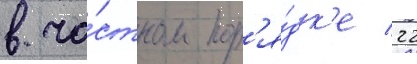
в ча́стном пор'я́дк'е 22